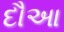
દૌઆ